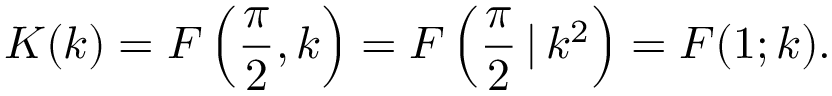
K ( k ) = F \left( { \frac { \pi } { 2 } } , k \right) = F \left( { \frac { \pi } { 2 } } \, | \, k ^ { 2 } \right) = F ( 1 ; k ) .